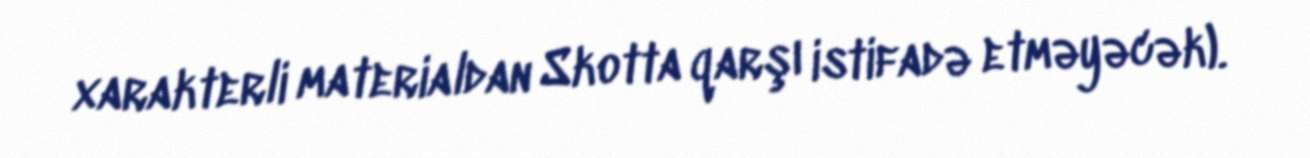
xarakterli materialdan Skotta qarşı istifadə etməyəcək).